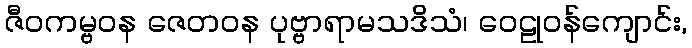
ဇီဝကမ္ဗဝန ဇေတဝန ပုဗ္ဗာရာမသဒိသံ၊ ဝေဠုဝန်ကျောင်း,